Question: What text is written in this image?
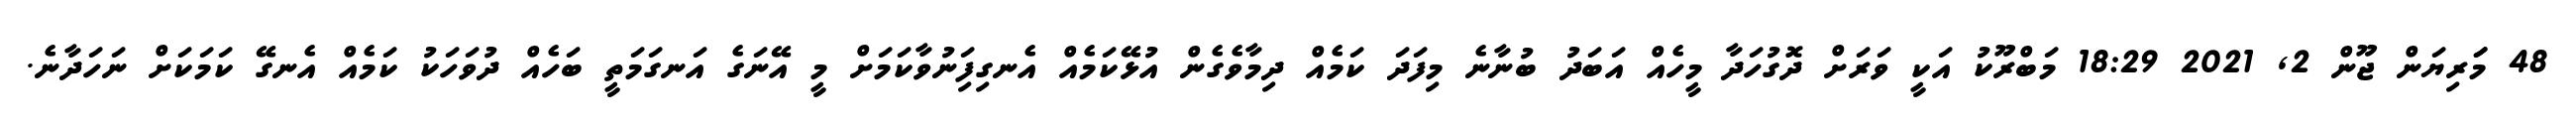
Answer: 48 މަަރިޔަން ޖޫން 2, 2021 18:29 މަބްރޫކު އަކީ ވަރަށް ދޮގުހަދާ މީހެއް އަބަދު ބުނާނެ މިފަދަ ކަމެއް ދިމާވެގެން އުޅޭކަމެއް އެނގިފަިނުވާކަމަށް މީ އޭނަގެ އަނގަމަތީ ބަހެއް ދުވަހަކު ކަމެއް އެނގޭ ކަމަކަށް ނަހަދާނެ.